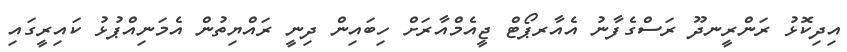
އިދިކޮޅު ރަންރީނދޫ ރަސްގެފާނު އެއާރޕޯޓް ޖީއެމްއާރަށް ހިބައިން ދިނީ ރައްޔިތުން އެމަނިއްޕުޅު ކައިރީގައި